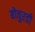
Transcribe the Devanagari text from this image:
बोचुरडी